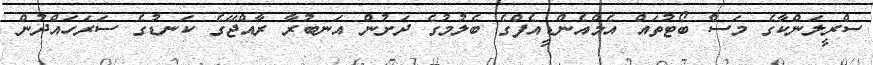
ސްރީލަންކާގެ މަސް ބޯޓުތައް އެމްއެންޑީއެފްގެ ބެލުމުގެ ދަށުން އަނބުރާ ރާއްޖޭގެ ކަނޑުގެ ސަރަހައްދުން